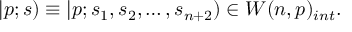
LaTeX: | p ; s ) \equiv | p ; s _ { 1 } , s _ { 2 } , \ldots , s _ { n + 2 } ) \in W ( n , p ) _ { i n t } .